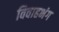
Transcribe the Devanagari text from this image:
विवाहभंग